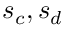
s _ { c } , s _ { d }